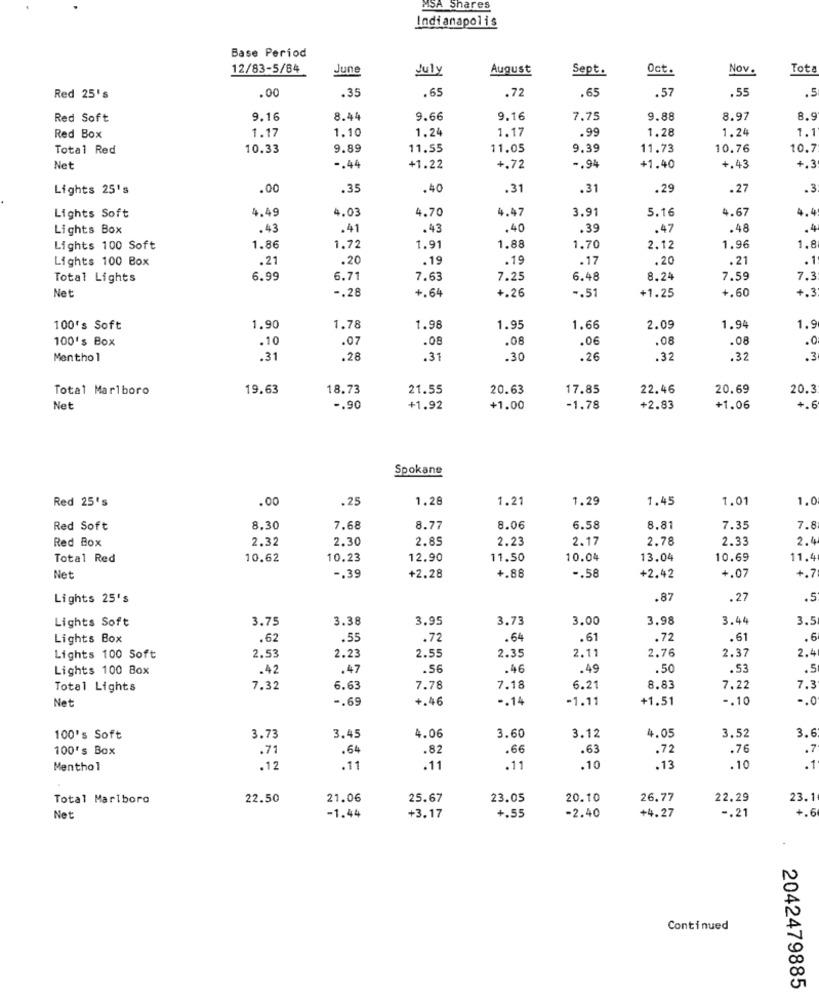
MSA Shares
Indianapolis
Base Period
12/83-5/84
June
July
August
Sept.
Oct.
Nov.
Tot
.00
.35
.65
.72
.65
.57
.55
Red 25's
.5
Red Soft
9.16
8.44
9.66
9.16
7.75
9.88
8.97
8.
1.10
1.24
1.17
.99
1.28
1.24
Red Box
1.17
1.1
Total Red
10.33
9.89
11.55
11.05
9.39
11.73
10.76
10.7
Net
-. 44
+1.22
+.72
-. 94
+1.40
+.43
+.3
Lights 25's
.00
.35
.40
.31
.31
.29
.27
.3
4.49
4.03
4.70
4.47
3.91
5.16
4.67
4.
Lights Soft
Lights Box
.43
.41
.43
.40
.39
.47
.48
.4
Lights 100 Soft
1.86
1.72
1.91
1.88
1.70
2.12
1.96
1.8
Lights 100 Box
.21
.20
.19
.19
.17
.20
.21
.1
Total Lights
6.99
6.71
7.63
7.25
6.48
8.24
7,59
7.3
Net
-. 28
+.64
+.26
-. 51
+1.25
+.60
+.3
100's Soft
1.90
1.78
1.98
1.95
1.66
2.09
1.94
1.9
100's Box
.10
.07
.08
.08
.06
.08
.08
.0
Menthol
.31
.28
.31
.30
.26
.32
.32
.3
Total Marlboro
19.63
18.73
21.55
20.63
17.85
22.46
20.69
20.3
Net
-. 90
+1.92
+1.00
-1.78
+2.83
+1.06
+.6
Spokane
Red 25's
.00
.25
1.28
1.21
1.29
1.45
1.01
1.0
Red Soft
8.30
7.68
8.77
8.06
6.58
8.8
7.35
7.8
Red Box
2.32
2.30
2.85
2.23
2.17
2.78
2.33
2.
Total Red
10.62
10.23
12.90
11.50
10.04
13.04
10.69
11.4
Net
-. 39
+2.28
+.88
-. 58
+2.42
+.07
+.7
Lights 25's
.87
.27
.5
3.75
3.38
3.95
3.73
3.00
3.98
3.44
3.5
Lights Soft
Lights Box
.62
.55
.72
.64
.61
.72
.61
.6
Lights 100 Soft
2.53
2.23
2.55
2.35
2.11
2.76
2.37
2.4
Lights 100 Box
.42
.47
.56
.46
.49
.50
.53
Total Lights
7.32
6.63
7.78
7.18
6.21
8.83
7,22
7.3
Net
-. 69
+.46
-. 14
-1.11
+1.51
-. 10
-. 0
3.45
3.52
3.6
100's Soft
3.73
4.06
3.60
3.12
4.05
100's Box
.71
.64
.82
.66
.63
.72
.76
.7
Menthol
.12
.11
.11
.11
.10
.13
.10
.1
Total Marlboro
22.50
21.06
25.67
23.05
20.10
26.77
22.29
23.1
-1.44
-2.40
+4.27
-. 21
+.6
Net
+3.17
+.55
Continued
2042479885